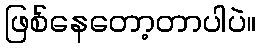
ဖြစ်နေတော့တာပါပဲ။